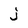
Character: j